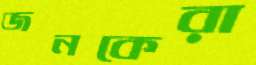
জনকেরা